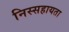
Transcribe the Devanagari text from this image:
निस्सहायता